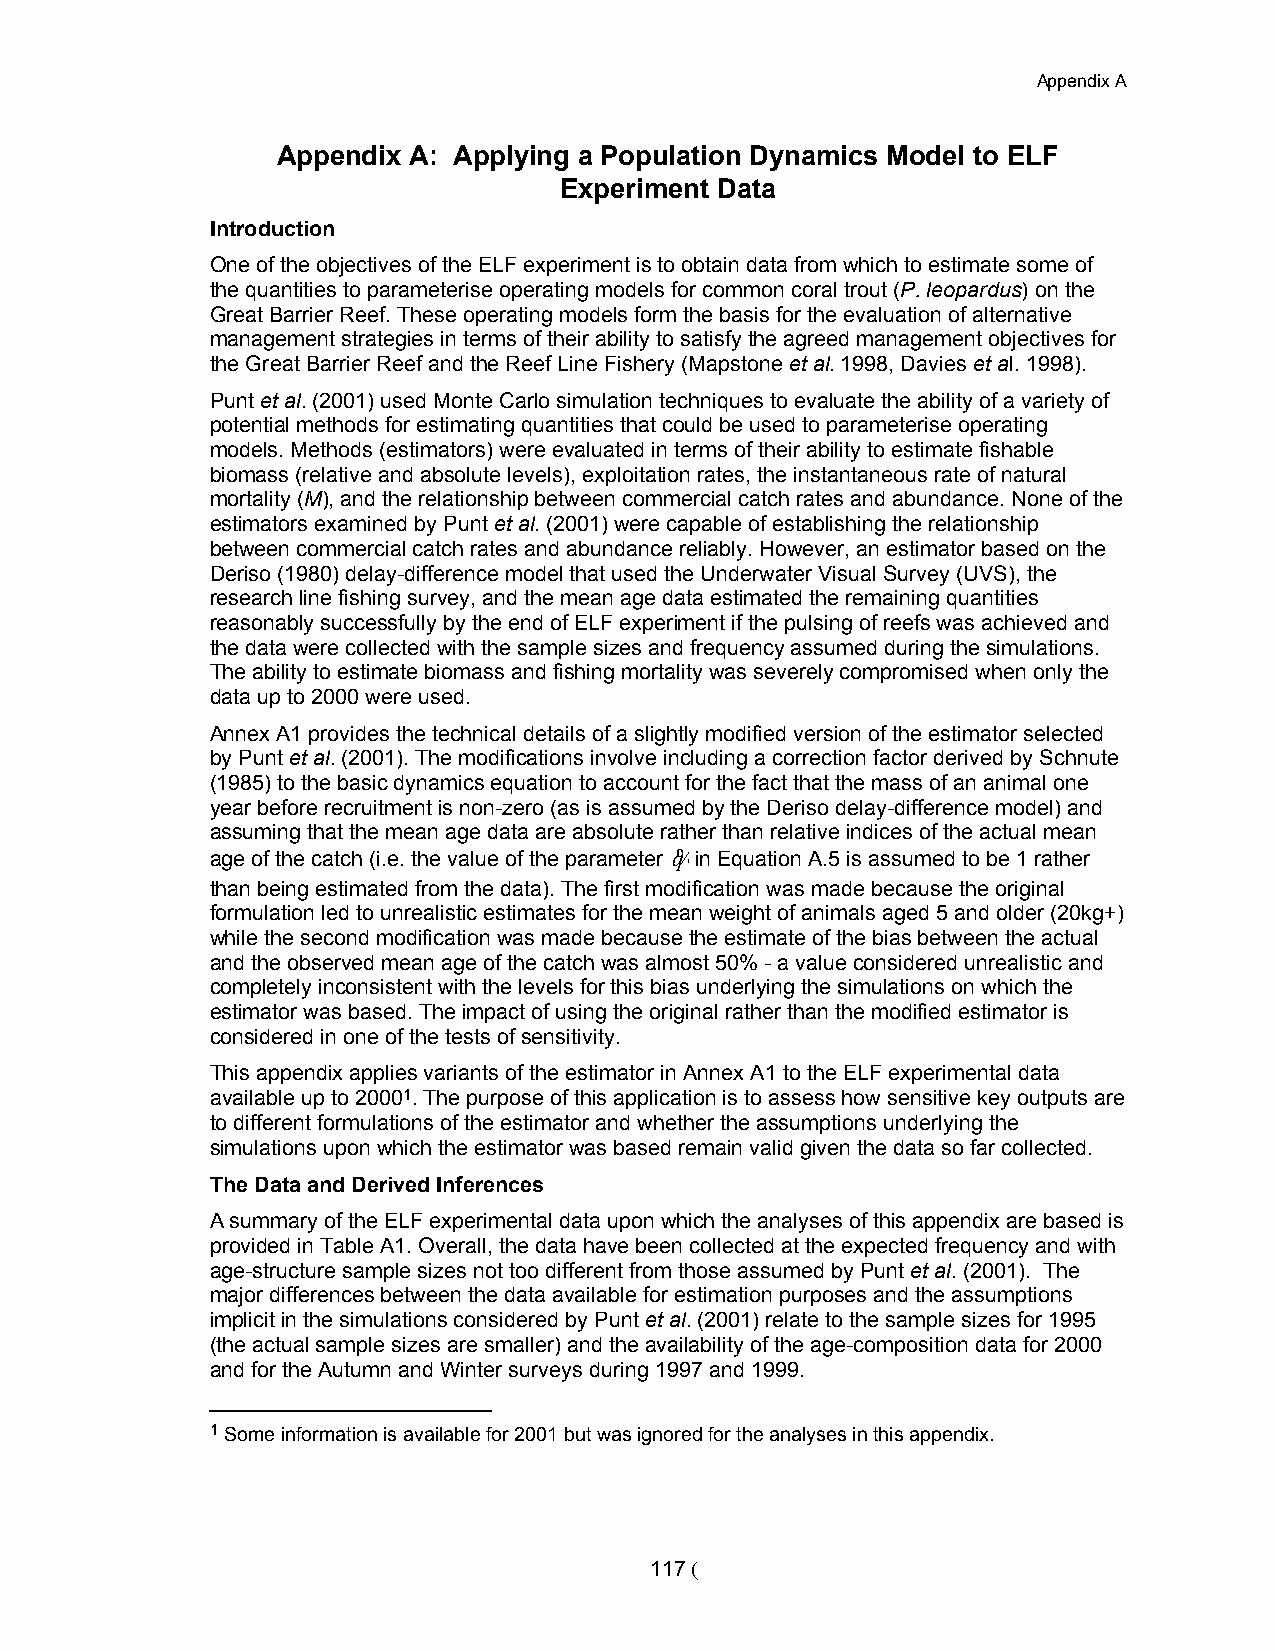
Appendix A
 Appendix A: Applying a Population Dynamics Model to ELF
 Experiment Data
 Introduction
 One of the objectives of the ELF experiment is to obtain data from which to estimate some of
 the quantities to parameterise operating models for common coral trout (P. leopardus) on the
 Great Barrier Reef. These operating models form the basis for the evaluation of alternative
 management strategies in terms of their ability to satisfy the agreed management objectives for
 the Great Barrier Reef and the Reef Line Fishery (Mapstone et al. 1998, Davies et al. 1998).
 Punt et al. (2001) used Monte Carlo simulation techniques to evaluate the ability of a variety of
 potential methods for estimating quantities that could be used to parameterise operating
 models. Methods (estimators) were evaluated in terms of their ability to estimate fishable
 biomass (relative and absolute levels), exploitation rates, the instantaneous rate of natural
 mortality (M), and the relationship between commercial catch rates and abundance. None of the
 estimators examined by Punt et al. (2001) were capable of establishing the relationship
 between commercial catch rates and abundance reliably. However, an estimator based on the
 Deriso (1980) delay-difference model that used the Underwater Visual Survey (UVS), the
 research line fishing survey, and the mean age data estimated the remaining quantities
 reasonably successfully by the end of ELF experiment if the pulsing of reefs was achieved and
 the data were collected with the sample sizes and frequency assumed during the simulations.
 The ability to estimate biomass and fishing mortality was severely compromised when only the
 data up to 2000 were used.
 Annex A1 provides the technical details of a slightly modified version of the estimator selected
 by Punt et al. (2001). The modifications involve including a correction factor derived by Schnute
 (1985) to the basic dynamics equation to account for the fact that the mass of an animal one
 year before recruitment is non-zero (as is assumed by the Deriso delay-difference model) and
 assuming that the mean age data are absolute rather than relative indices of the actual mean
 age of the catch (i.e. the value of the parameter q% i n Equation A.5 is assumed to be 1 rather
 than being estimated from the data). The first modification was made because the original
 formulation led to unrealistic estimates for the mean weight of animals aged 5 and older (20kg+)
 while the second modification was made because the estimate of the bias between the actual
 and the observed mean age of the catch was almost 50% - a value considered unrealistic and
 completely inconsistent with the levels for this bias underlying the simulations on which the
 estimator was based. The impact of using the original rather than the modified estimator is
 considered in one of the tests of sensitivity.
 This appendix applies variants of the estimator in Annex A1 to the ELF experimental data
 available up to 20001. The purpose of this application is to assess how sensitive key outputs are
 to different formulations of the estimator and whether the assumptions underlying the
 simulations upon which the estimator was based remain valid given the data so far collected.
 The Data and Derived Inferences
 A summary of the ELF experimental data upon which the analyses of this appendix are based is
 provided in Table A1. Overall, the data have been collected at the expected frequency and with
 age-structure sample sizes not too different from those assumed by Punt et al. (2001). The
 major differences between the data available for estimation purposes and the assumptions
 implicit in the simulations considered by Punt et al. (2001) relate to the sample sizes for 1995
 (the actual sample sizes are smaller) and the availability of the age-composition data for 2000
 and for the Autumn and Winter surveys during 1997 and 1999.
 1 Some information is available for 2001 but was ignored for the analyses in this appendix.
 117 (